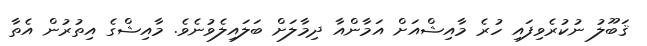
ޤަބޫލު ނުކުރެވިފައި ހުރެ މާއިޝްއަށް އަމާންއާ ދިމާލަށް ބަލައިލެވުނެވެ. މާއިޝްގެ އިތުރުން އެތާ